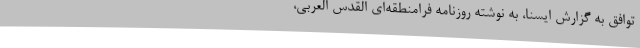
توافق به گزارش ایسنا، به نوشته روزنامه فرامنطقه‌ای القدس العربی،